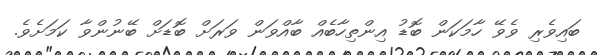
ބައިވެރި ވެވޭ ހާމަކަން ބޮޑު އިންތިހާބެއް ބާއްވަން ވަރަށް ބޮޑަށް ބޭނުންވާ ކަމަށެވެ.